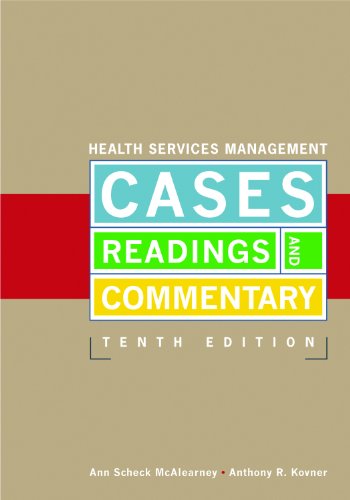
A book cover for Health Services Management: Cases, Readings, and Commentary, Tenth Edition; Ann S. Mcalearney; Medical Books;